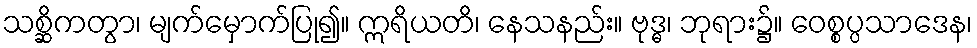
သစ္ဆိကတွာ၊ မျက်မှောက်ပြု၍။ ဣရိယတိ၊ နေသနည်း။ ဗုဒ္ဓ၊ ဘုရား၌။ ဝေစ္စပ္ပသာဒေန၊